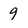
Character: 9